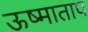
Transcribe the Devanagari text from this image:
ऊष्माताप